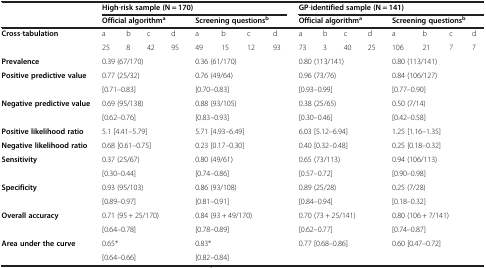
<table><thead><tr><td><b> </b></td><td colspan="8"><b>High-risk sample (N = 170)</b></td><td colspan="8"><b>GP-identified sample (N = 141)</b></td></tr><tr><td><b> </b></td><td colspan="4"><b>Official algorithm<sup>a</sup></b></td><td colspan="4"><b>Screening questions<sup>b</sup></b></td><td colspan="4"><b>Official algorithm<sup>a</sup></b></td><td colspan="4"><b>Screening questions<sup>b</sup></b></td></tr></thead><tbody><tr><td><b>Cross</b>-<b>tabulation</b></td><td>a</td><td>b</td><td>c</td><td>d</td><td>a</td><td>b</td><td>c</td><td>d</td><td>a</td><td>b</td><td>c</td><td>d</td><td>a</td><td>b</td><td>c</td><td>d</td></tr><tr><td> </td><td>25</td><td>8</td><td>42</td><td>95</td><td>49</td><td>15</td><td>12</td><td>93</td><td>73</td><td>3</td><td>40</td><td>25</td><td>106</td><td>21</td><td>7</td><td>7</td></tr><tr><td><b>Prevalence</b></td><td colspan="3">0.39 (67/170)</td><td> </td><td colspan="4">0.36 (61/170)</td><td colspan="4">0.80 (113/141)</td><td colspan="4">0.80 (113/141)</td></tr><tr><td rowspan="2"><b>Positive predictive value</b></td><td colspan="4">0.77 (25/32)</td><td colspan="4">0.76 (49/64)</td><td colspan="4">0.96 (73/76)</td><td colspan="4">0.84 (106/127)</td></tr><tr><td colspan="4">[0.71–0.83]</td><td colspan="4">[0.70–0.83]</td><td colspan="4">[0.93–0.99]</td><td colspan="4">[0.77–0.90]</td></tr><tr><td rowspan="2"><b>Negative predictive value</b></td><td colspan="4">0.69 (95/138)</td><td colspan="4">0.88 (93/105)</td><td colspan="4">0.38 (25/65)</td><td colspan="4">0.50 (7/14)</td></tr><tr><td colspan="4">[0.62–0.76]</td><td colspan="4">[0.83–0.93]</td><td colspan="4">[0.30–0.46]</td><td colspan="4">[0.42–0.58]</td></tr><tr><td><b>Positive likelihood ratio</b></td><td colspan="4">5.1 [4.41–5.79]</td><td colspan="4">5.71 [4.93–6.49]</td><td colspan="4">6.03 [5.12–6.94]</td><td colspan="4">1.25 [1.16–1.35]</td></tr><tr><td><b>Negative likelihood ratio</b></td><td colspan="4">0.68 [0.61–0.75]</td><td colspan="4">0.23 [0.17–0.30]</td><td colspan="4">0.40 [0.32–0.48]</td><td colspan="4">0.25 [0.18–0.32]</td></tr><tr><td rowspan="2"><b>Sensitivity</b></td><td colspan="4">0.37 (25/67)</td><td colspan="4">0.80 (49/61)</td><td colspan="4">0.65 (73/113)</td><td colspan="4">0.94 (106/113)</td></tr><tr><td colspan="4">[0.30–0.44]</td><td colspan="4">[0.74–0.86]</td><td colspan="4">[0.57–0.72]</td><td colspan="4">[0.90–0.98]</td></tr><tr><td rowspan="2"><b>Specificity</b></td><td colspan="4">0.93 (95/103)</td><td colspan="4">0.86 (93/108)</td><td colspan="4">0.89 (25/28)</td><td colspan="4">0.25 (7/28)</td></tr><tr><td colspan="4">[0.89–0.97]</td><td colspan="4">[0.81–0.91]</td><td colspan="4">[0.84–0.94]</td><td colspan="4">[0.18–0.32]</td></tr><tr><td rowspan="2"><b>Overall accuracy</b></td><td colspan="4">0.71 (95 + 25/170)</td><td colspan="4">0.84 (93 + 49/170)</td><td colspan="4">0.70 (73 + 25/141)</td><td colspan="4">0.80 (106 + 7/141)</td></tr><tr><td colspan="4">[0.64–0.78]</td><td colspan="4">[0.78–0.89]</td><td colspan="4">[0.62–0.77]</td><td colspan="4">[0.74–0.87]</td></tr><tr><td rowspan="2"><b>Area under the curve</b></td><td colspan="4">0.65*</td><td colspan="4">0.83*</td><td colspan="4">0.77 [0.68–0.86]</td><td colspan="4">0.60 [0.47–0.72]</td></tr><tr><td colspan="4">[0.64–0.66]</td><td colspan="4">[0.82–0.84]</td><td colspan="4"> </td><td colspan="4"> </td></tr></tbody></table>